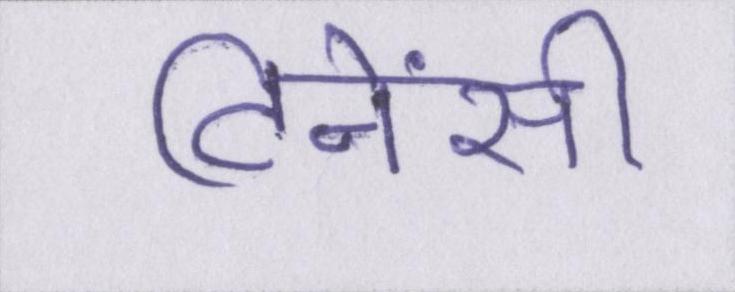
टिनेंसी